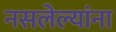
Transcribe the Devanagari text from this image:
नसलेल्यांना